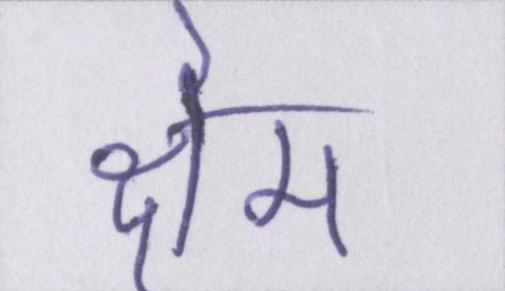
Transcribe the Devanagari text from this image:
क्षेम